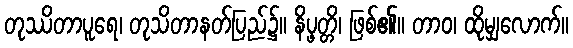
တုဿိတာပူရေ၊ တုသိတာနတ်ပြည်၌။ နိပ္ဖတ္တိ၊ ဖြစ်၏။ တာဝ၊ ထိုမျှလောက်။